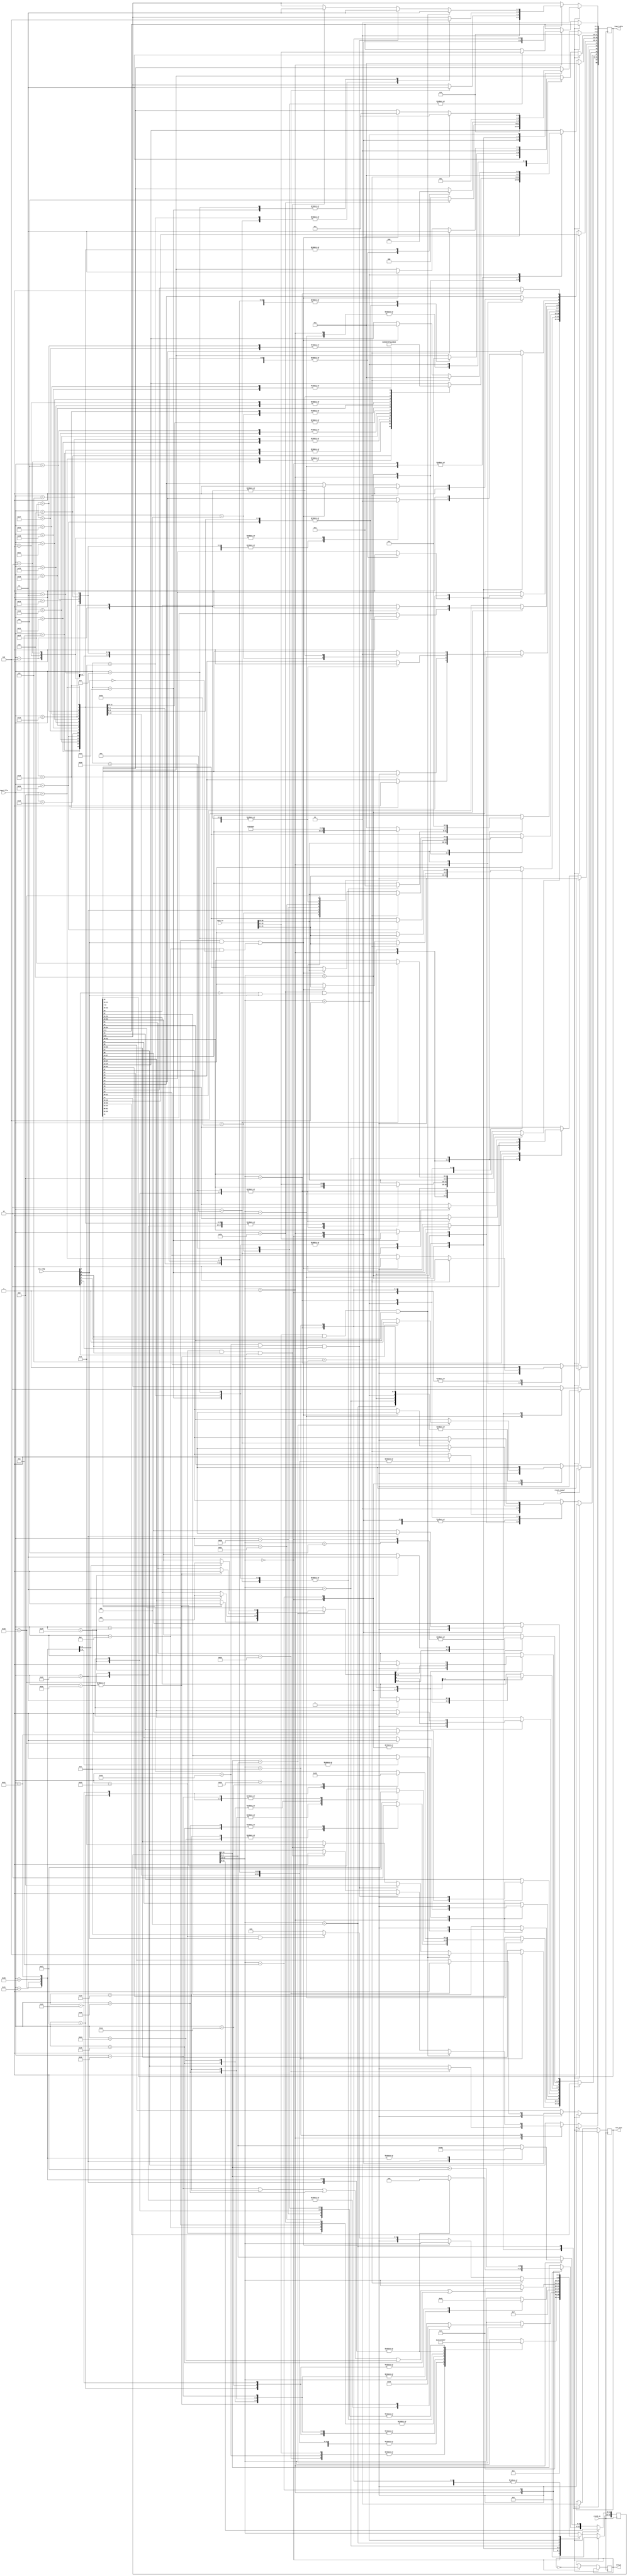
`timescale 1ns / 1ps
module CPU54_muticycle_controler(input reset_signal,input [31:0]data_in,input [5:0]input_file,input clock_in,input [5:0]exc_temp,output reg [68:0]input_data,output reg end_pc = 0,output reg ram_wena = 0);
 reg [16:0]regfile_temp;
 always@(posedge clock_in)begin
 if(reset_signal)begin input_data[68] = 0;input_data[67] = 0;input_data[46] = 1;regfile_temp[16:12] = 0;input_data[45] = 0;input_data[11:10]= 2'b11;input_data[9:7]= 3'b010;input_data[6:5] = 2'b01;input_data[44] = 1'b0;ram_wena = 1'b0;input_data[15:12]  =4'b0010;input_data[43] = 0;input_data[47] = 1;end
 else begin case(regfile_temp[16:12])                
 4'b0000:begin end_pc = ~end_pc;input_data[68] = 0;
// module DataCompare8(input [7:0] iData_a,input [7:0] iData_b,output [2:0] oData);
// wire [2:0] iData_temp=3'b001;
// wire [2:0] oData_temp;
// DataCompare4
// DataCompare4_1(.iData_a(iData_a[7:4]),.iData_b(iData_b[7:4]),.iData(iData_temp),.oData(oData_temp));
// DataCompare4
// DataCompare4_2(.iData_a(iData_a[3:0]),.iData_b(iData_b[3:0]),.iData(oData_temp),.oData(oData));
 
// //always@(*)
// //begin
//  //    if(iData_a[7]>iData_b[7])
//    //    begin iData=3'b100;end
// //else if((iData_a[7]<iData_b[7]))
//  //      begin iData=3'b010;end
// //else if((iData_a[7]==iData_b[7])&&(iData_a[6]>iData_b[6]))
// //       begin iData=3'b100;end
// //else if((iData_a[7]==iData_b[7])&&(iData_a[6]<iData_b[6]))
// //       begin iData=3'b010;end 
// //else if((iData_a[7]==iData_b[7])&&(iData_a[6]==iData_b[6])&&((iData_a[5]>iData_b[5])))
// //       begin iData=3'b100;end           
// //else if((iData_a[7]==iData_b[7])&&(iData_a[6]==iData_b[6])&&((iData_a[5]<iData_b[5])))
// //       begin iData=3'b010;end 
// //else if((iData_a[7]==iData_b[7])&&(iData_a[6]==iData_b[6])&&((iData_a[5]==iData_b[5]))&&((iData_a[4]>iData_b[4])))
// //       begin iData=3'b100;end 
// //else if((iData_a[7]==iData_b[7])&&(iData_a[6]==iData_b[6])&&((iData_a[5]==iData_b[5]))&&((iData_a[4]<iData_b[4])))
// //       begin iData=3'b010;end                                              
// //end
// //always@(iData_a or iData_b or iData)
// //begin
// // if((iData_a[3]==iData_b[3])&&(iData_a[2]==iData_b[2])&&(iData_a[1]==iData_b[1])&&(iData_a[0]==iData_b[0]))
// //       oData<=iData;
// //else if(iData_a[3]>iData_b[3])
// //       oData=3'b100;
// //else if((iData_a[3]<iData_b[3]))
// //       oData=3'b010;
// //else if((iData_a[3]==iData_b[3])&&(iData_a[2]>iData_b[2]))
// //       oData=3'b100;
// //else if((iData_a[3]==iData_b[3])&&(iData_a[2]<iData_b[2]))
// //       oData=3'b010;
// //else if((iData_a[3]==iData_b[3])&&(iData_a[2]==iData_b[2])&&((iData_a[1]>iData_b[1])))
// //       oData=3'b100;          
// //else if((iData_a[3]==iData_b[3])&&(iData_a[2]==iData_b[2])&&((iData_a[1]<iData_b[1])))
// //       oData=3'b010; 
// //else if((iData_a[3]==iData_b[3])&&(iData_a[2]==iData_b[2])&&((iData_a[1]==iData_b[1]))&&((iData_a[0]>iData_b[0])))
// //       oData=3'b100; 
// //else if((iData_a[3]==iData_b[3])&&(iData_a[2]==iData_b[2])&&((iData_a[1]==iData_b[1]))&&((iData_a[0]<iData_b[0])))
// //       oData=3'b010;                                            
// //end
// endmodule
 input_data[54] = 0;input_data[51] = 0;input_data[57] = 0;input_data[56] = 0;input_data[55] = 0;input_data[48] = 0;input_data[6:5] = 2'b01;input_data[43] = 0;input_data[47] = 1;input_data[43] = 0;input_data[46] = 0;input_data[45] = 0;
 input_data[11:10]= 2'b11;input_data[9:7] = 3'b010;input_data[15:12]=4'b0010;input_data[44] = 1'b1;ram_wena = 1'b0;regfile_temp[16:12] = 4'b0001;end
 4'b0001:begin input_data[47] = 1;input_data[44] = 1'b0;input_data[43]= 0;
 input_data[17] = 1;input_data[37:33]=data_in[25:21];input_data[32:28]=data_in[20:16];input_data[11:10]=2'b01;
 input_data[9:7]=(input_file==52)?3'b100:3'b000;input_data[15:12]  =4'b0011;
 case(input_file)
 53,50:regfile_temp[16:12] = 4'b1011;
 34:begin regfile_temp[16:12] = 4'b1011;input_data[67] = 1'b0;input_data[68] = 1'b1;input_data[6:5] = 2'b11;end
 27,1,20,2:regfile_temp[16:12] = 4'b0110;
 3,4,5,6:regfile_temp[16:12] = 4'b0110;
 7,8,9,10:regfile_temp[16:12] = 4'b0110;
 22,23,24,25:regfile_temp[16:12] = 4'b0110;
 17,18,19,21:  regfile_temp[16:12] = 4'b0110;
 28,29,30,31:  regfile_temp[16:12] = 4'b0110;                              
 16,26,36,39:regfile_temp[16:12] = 4'b0010;
 41,40,38,37:regfile_temp[16:12] = 4'b0010;
 11,12,52,51:begin regfile_temp[16:12] = 4'b1000;end
 13 ,14,15:begin input_data[27:24] = 4'b0011;regfile_temp[16:12] = 4'b1001;end  
 35:begin input_data[42:38] = data_in[15:11];input_data[27:24] = 4'b0011;input_data[43] = 1;regfile_temp[16:12] = 4'b1001;end
 32:begin input_data[48] = 1;regfile_temp[11:6] = 0;regfile_temp[5:0] = 17;regfile_temp[16:12] = 4'b1010;end
 33,54:begin input_data[57] = 1;regfile_temp[11:6] = 0;regfile_temp[5:0] = 33;regfile_temp[16:12] = 4'b1010;end
 48:begin input_data[56] = 1;regfile_temp[11:6] = 0;regfile_temp[5:0] = 33;regfile_temp[16:12] = 4'b1010;end
 49:begin input_data[55] = 1;regfile_temp[11:6] = 0;regfile_temp[5:0] = 33;regfile_temp[16:12] = 4'b1010;end
 43,44:begin regfile_temp[16:12]  = 4'b0111;end
 42:begin input_data[4:0] = data_in[15:11];regfile_temp[16:12]  = 4'b0111;end
 46,47:begin regfile_temp[16:12]  = 4'b0111;end
 45:begin input_data[4:0] = data_in[15:11];regfile_temp[16:12]  = 4'b0111;end endcase end//                
 4'b1010:begin input_data[57] = 0;input_data[56] = 0;input_data[55] = 0;
 if(regfile_temp[11:6] == regfile_temp[5:0])begin case(input_file)
 32:regfile_temp[16:12] = 4'b0111;
 33:begin input_data[53:52] = 2'b00;input_data[50:49] = 2'b00;input_data[54] = 1;input_data[51] = 1;input_data[46] = 1;regfile_temp[16:12] = 4'b0000;end
 54:begin input_data[53:52] = 2'b01;input_data[50:49] = 2'b01;input_data[54] = 1;input_data[51] = 1;input_data[46] = 1;regfile_temp[16:12] = 4'b0000;end
 48:begin regfile_temp[16:12] = 4'b0111;end
 49:begin input_data[53:52] = 2'b10;input_data[50:49] = 2'b10;input_data[54] = 1;input_data[51] = 1;input_data[46] = 1;regfile_temp[16:12] = 4'b0000;end
 endcase end regfile_temp[11:6] = regfile_temp[11:6] +1;end
 4'b0110:begin case(input_file)
 1:begin input_data[11:10]=2'b01;input_data[15:12]=4'b0010;input_data[9:7] = 3'b001;input_data[47] = 1'b1;input_data[19]=1;input_data[18]=1'b1;end
 2:begin input_data[11:10]=2'b01;input_data[15:12]=4'b0000;input_data[9:7] = 3'b001;input_data[47] = 1'b1;input_data[19]=1;input_data[18]=1'b1;end
 3 :begin input_data[11:10]=2'b01;input_data[15:12]=4'b0100;input_data[9:7] = 3'b001;input_data[47] = 1'b1;input_data[19]=1;input_data[18]=1'b0;end
 4  :begin input_data[11:10]=2'b01;input_data[15:12]=4'b0101;input_data[9:7] = 3'b001;input_data[47]= 1'b1;input_data[19]=1;input_data[18]=1'b0;end
 6  :begin input_data[11:10]=2'b01;input_data[15:12]=4'b1001;input_data[9:7] = 3'b001;input_data[47] = 1'b1;input_data[19]=1;input_data[18]=1'b0;end
 5:begin input_data[11:10]=2'b01;input_data[15:12]=4'b1010;input_data[9:7] = 3'b001;                  input_data[19]=1;input_data[18]=1'b0;end
 7 :begin input_data[11:10]=2'b01;input_data[15:12]=4'b0110;input_data[9:7]= 3'b001;input_data[47] = 1'b1;input_data[19]=1;input_data[18]=1'b0;end
 8 :begin input_data[11:10]=2'b01;input_data[15:12]=4'b1011;input_data[9:7]= 3'b001;                  input_data[19]=1;input_data[18]=1'b1;end
 9 :begin input_data[11:10]=2'b01;input_data[15:12]=4'b0000;input_data[9:7]= 3'b000;input_data[47] = 1'b1;                           end
 10  :begin input_data[11:10]=2'b01;input_data[15:12]=4'b0100;input_data[9:7]= 3'b000;input_data[47] = 1'b1;                           end
 17  :begin input_data[11:10]=2'b01;input_data[15:12]=4'b0110;input_data[9:7]= 3'b000;input_data[47] = 1'b1;                           end
 18  :begin input_data[11:10]=2'b01;input_data[15:12]=4'b0111;input_data[9:7]= 3'b000;input_data[47] = 1'b1;                           end
 19   :begin input_data[11:10]=2'b01;input_data[15:12]=4'b0101;input_data[9:7]= 3'b000;input_data[47] = 1'b1;                           end
 20  :begin input_data[11:10]=2'b00;input_data[15:12]=4'b1111;input_data[9:7]= 3'b000;input_data[47] = 1'b1;input_data[21]=1;input_data[20]=1;input_data[32:28]=data_in[20:16];end
 21 :begin input_data[11:10]=2'b01;input_data[15:12]=4'b1111;input_data[9:7]= 3'b000;input_data[47] = 1'b1;                           end
 22 :begin input_data[11:10]=2'b01;input_data[15:12]=4'b1010;input_data[9:7]= 3'b000;input_data[47] = 1'b1;input_data[23]=1;input_data[22]=0;      end
 23  :begin input_data[11:10]=2'b00;input_data[15:12]=4'b1100;input_data[9:7]= 3'b000;input_data[47] = 1'b1;input_data[21]=1;input_data[20]=1;       end
 24  :begin input_data[11:10]=2'b00;input_data[15:12]=4'b1101;input_data[9:7]= 3'b000;input_data[47] = 1'b1;input_data[21]=1;input_data[20]=1;       end
 25 :begin input_data[11:10]=2'b01;input_data[15:12]=4'b0001;input_data[9:7]=3'b000;input_data[47] = 1'b1;                           end
 27  :begin input_data[11:10]=2'b01;input_data[15:12]=4'b0010;input_data[9:7]= 3'b000;input_data[47] = 1'b1;                           end
 28  :begin input_data[11:10]=2'b01;input_data[15:12]=4'b0011;input_data[9:7]= 3'b000;input_data[47] = 1'b1;                           end
 29  :begin input_data[11:10]=2'b01;input_data[15:12]=4'b1011;input_data[9:7]= 3'b000;input_data[47] = 1'b1;                           end
 30 :begin input_data[11:10]=2'b01;input_data[15:12]=4'b1101;input_data[9:7] = 3'b000;input_data[47] = 1'b1;                           end
 31 :begin input_data[11:10]=2'b01;input_data[15:12]=4'b1100;input_data[9:7]= 3'b000;input_data[47] = 1'b1;                           end
 endcase regfile_temp[16:12]=4'b0111;end
 4'b0111:begin input_data[47] = 0;input_data[46] = 1;case(input_file)
 46:begin input_data[53:52] = 2'b11;input_data[54] = 1'b1;end
 47:begin input_data[50:49] = 2'b11;input_data[51] = 1'b1;end
 45:;
 42:begin input_data[27:24] = 4'b1000;input_data[42:38] = data_in[20:16];input_data[43] = 1;end
 32:begin input_data[27:24] = 4'b0100;input_data[42:38] = data_in[15:11];input_data[43] = 1;end
 43:begin input_data[27:24] = 4'b0101;input_data[42:38] = data_in[15:11];input_data[43] = 1;end
 44:begin input_data[27:24] = 4'b0110;input_data[42:38] = data_in[15:11];input_data[43] = 1;end
 5:begin input_data[27:24] = 4'b0000;input_data[42:38] = data_in[20:16];input_data[23] = 1;input_data[22] = 0;input_data[43] = 1;end
 8:begin input_data[27:24] = 4'b0000;input_data[42:38] = data_in[20:16];input_data[23] = 1;input_data[22] = 1;input_data[43] = 1;end
 29:begin input_data[27:24] = 4'b0000;input_data[42:38] = data_in[15:11];input_data[23] = 1;input_data[22] = 1;input_data[43] = 1;end
 48:begin input_data[27:24] = 4'b0111;input_data[42:38] = data_in[15:11];input_data[43] = 1;end
 9,10,17,18,19,20,21,22,
 23,24,25,27,28,30,31:
 begin input_data[27:24] = 4'b0010;input_data[42:38] = data_in[15:11];input_data[43] = 1;end
 default:begin input_data[27:24] = 4'b0010;input_data[42:38] = data_in[20:16];input_data[43] = 1;end
 endcase regfile_temp[16:12] =4'b0000;end
 4'b0010:begin input_data[45] = 1;input_data[19]=1;input_data[18]=1'b1;input_data[37:33]=data_in[25:21];input_data[42:38]=data_in[20:16];
 input_data[11:10]=2'b01;input_data[15:12]  =4'b0010;input_data[9:7] = 3'b001;input_data[47] = 1;
 case(input_file) 41:begin input_data[62] = 1;input_data[61:60] = 2;regfile_temp[16:12] = 4'b0011;end
 38:begin input_data[62] = 0;input_data[61:60] = 2;regfile_temp[16:12] = 4'b0011;end
 16:begin input_data[61:60] = 3;regfile_temp[16:12] = 4'b0011;end
 36:begin input_data[61:60] = 1;input_data[62] = 1;regfile_temp[16:12] = 4'b0011;end
 41:begin input_data[61:60] = 2;input_data[62] = 1;regfile_temp[16:12] = 4'b0011;end
 37:begin input_data[61:60] = 1;input_data[62] = 0;regfile_temp[16:12] = 4'b0011;end
 39:begin input_data[61:60] = 3;input_data[59:58] = 1;regfile_temp[16:12] = 4'b0101;end
 40:begin input_data[61:60] = 3;input_data[59:58] = 2;regfile_temp[16:12] = 4'b0101;end
 26:begin input_data[59:58] = 3;regfile_temp[16:12] = 4'b0101;end endcase end
 4'b0011:begin input_data[27:24] = 4'b0001;input_data[43] = 1;input_data[46] = 1;if(input_file==16||input_file==41||input_file==38||input_file==36||input_file==37)regfile_temp[16:12] = 4'b0100;end
 4'b0100:begin input_data[43] = 0;ram_wena = 0;input_data[45] = 0;regfile_temp[16:12] = 4'b0000;end                
 4'b0101:begin ram_wena = 1;input_data[46] = 1;regfile_temp[16:12] = 4'b0100;end
 4'b1000:begin input_data[46] = 1;
 if(input_file==52 && (exc_temp[4] == 0 || exc_temp[5] == 1))
 begin input_data[44]=1'b1;input_data[47] = 1'b1;input_data[17]=1;input_data[11:10] = 2'b11;input_data[9:7] = 3'b011;input_data[15:12]  =4'b0010;input_data[37:33]=data_in[25:21];input_data[32:28]=data_in[20:16];end
 else if( (input_file==11 && exc_temp[5]== 1) || (input_file == 12 && exc_temp[5] == 0) )
 begin input_data[44]= 1'b1;input_data[47] = 1'b1;input_data[17]=1;input_data[11:10] = 2'b11;input_data[9:7] = 3'b011;input_data[15:12]  =4'b0010;input_data[37:33]=data_in[25:21];input_data[32:28]=data_in[20:16];end
 else if(input_file==51 && exc_temp[5]==1)regfile_temp[16:12] = 4'b1011;else regfile_temp[16:12] =4'b0000;end
 4'b1001:begin case(input_file)
 14:begin input_data[47] = 0;input_data[42:38]=5'b11111;input_data[6:5] = 2'b10;input_data[43] = 1;end
 35:begin input_data[43] = 0;input_data[6:5] = 2'b00;end
 13:begin input_data[43] = 0;input_data[6:5] = 2'b10;end
// module DataCompare4(input [3:0]iData_a,input [3:0]iData_b,input [2:0] iData,output reg [2:0]oData);
// always@(*)
// begin
//      if(iData_a[3]>iData_b[3])
//         oData=3'b100;
// else if((iData_a[3]<iData_b[3]))
//       oData=3'b010;
// else if((iData_a[3]==iData_b[3])&&(iData_a[2]>iData_b[2]))
//        oData=3'b100;
// else if((iData_a[3]==iData_b[3])&&(iData_a[2]<iData_b[2]))
//        oData=3'b010;
// else if((iData_a[3]==iData_b[3])&&(iData_a[2]==iData_b[2])&&((iData_a[1]>iData_b[1])))
//         oData=3'b100;           
// else if((iData_a[3]==iData_b[3])&&(iData_a[2]==iData_b[2])&&((iData_a[1]<iData_b[1])))
//         oData=3'b010;
// else if((iData_a[3]==iData_b[3])&&(iData_a[2]==iData_b[2])&&((iData_a[1]==iData_b[1]))&&((iData_a[0]>iData_b[0])))
//        oData=3'b100; 
// else if((iData_a[3]==iData_b[3])&&(iData_a[2]==iData_b[2])&&((iData_a[1]==iData_b[1]))&&((iData_a[0]<iData_b[0])))
//       oData=3'b010; 
// else if((iData_a[3]==iData_b[3])&&(iData_a[2]==iData_b[2])&&(iData_a[1]==iData_b[1])&&(iData_a[0]==iData_b[0])&&iData==3'b100)
//        oData=3'b100;
// else if((iData_a[3]==iData_b[3])&&(iData_a[2]==iData_b[2])&&(iData_a[1]==iData_b[1])&&(iData_a[0]==iData_b[0])&&iData==3'b010)
//        oData=3'b010;
// else if((iData_a[3]==iData_b[3])&&(iData_a[2]==iData_b[2])&&(iData_a[1]==iData_b[1])&&(iData_a[0]==iData_b[0])&&iData==3'b001)
//       oData=3'b001;                                            
// end
// endmodule

 15:begin input_data[37:33]=data_in[25:21];input_data[43] = 0;input_data[6:5] = 2'b00;end endcase
// module DataCompare4(input [3:0]iData_a,input [3:0]iData_b,input [2:0] iData,output reg [2:0]oData);
// always@(*)
// begin
//      if(iData_a[3]>iData_b[3])
//         oData=3'b100;
// else if((iData_a[3]<iData_b[3]))
//       oData=3'b010;
// else if((iData_a[3]==iData_b[3])&&(iData_a[2]>iData_b[2]))
//        oData=3'b100;
// else if((iData_a[3]==iData_b[3])&&(iData_a[2]<iData_b[2]))
//        oData=3'b010;
// else if((iData_a[3]==iData_b[3])&&(iData_a[2]==iData_b[2])&&((iData_a[1]>iData_b[1])))
//         oData=3'b100;           
// else if((iData_a[3]==iData_b[3])&&(iData_a[2]==iData_b[2])&&((iData_a[1]<iData_b[1])))
//         oData=3'b010;
// else if((iData_a[3]==iData_b[3])&&(iData_a[2]==iData_b[2])&&((iData_a[1]==iData_b[1]))&&((iData_a[0]>iData_b[0])))
//        oData=3'b100; 
// else if((iData_a[3]==iData_b[3])&&(iData_a[2]==iData_b[2])&&((iData_a[1]==iData_b[1]))&&((iData_a[0]<iData_b[0])))
//       oData=3'b010; 
// else if((iData_a[3]==iData_b[3])&&(iData_a[2]==iData_b[2])&&(iData_a[1]==iData_b[1])&&(iData_a[0]==iData_b[0])&&iData==3'b100)
//        oData=3'b100;
// else if((iData_a[3]==iData_b[3])&&(iData_a[2]==iData_b[2])&&(iData_a[1]==iData_b[1])&&(iData_a[0]==iData_b[0])&&iData==3'b010)
//        oData=3'b010;
// else if((iData_a[3]==iData_b[3])&&(iData_a[2]==iData_b[2])&&(iData_a[1]==iData_b[1])&&(iData_a[0]==iData_b[0])&&iData==3'b001)
//       oData=3'b001;                                            
// end
// endmodule

 input_data[16] = 1;input_data[46] = 1;input_data[44] = 1;regfile_temp[16:12] =4'b0000;end
 4'b1011:begin if(input_file == 50 && exc_temp[0] == 1&& exc_temp[1] == 1)
 begin input_data[67] = 1'b1;input_data[66:63] = 4'b1000;input_data[6:5] = 2'b11;end             
 else if(input_file == 53 && exc_temp[0] == 1&& exc_temp[2] == 1)
 begin input_data[67] = 1'b1; input_data[66:63] = 4'b1001; input_data[6:5] = 2'b11;end
 else if(input_file == 51 && exc_temp[0] == 1&& exc_temp[3] == 1)
 begin input_data[67] = 1'b1;input_data[66:63] = 4'b1101;input_data[6:5] = 2'b11;end
 else if(input_file == 34);input_data[46] = 1;input_data[44] = 1;regfile_temp[16:12] =4'b0000;end
endcase end end endmodule